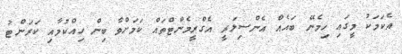
އެކަމަކު މީގައި ހިމެނޭ ބައެއް އެންސިލަރީ އެގްރީމެންޓްތައް ކަމަށްވާ ބިން ހިއްކުމާއި ކަރަންޓު